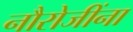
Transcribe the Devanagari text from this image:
नौरोजींना